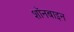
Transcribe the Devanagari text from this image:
शॉनबाइन